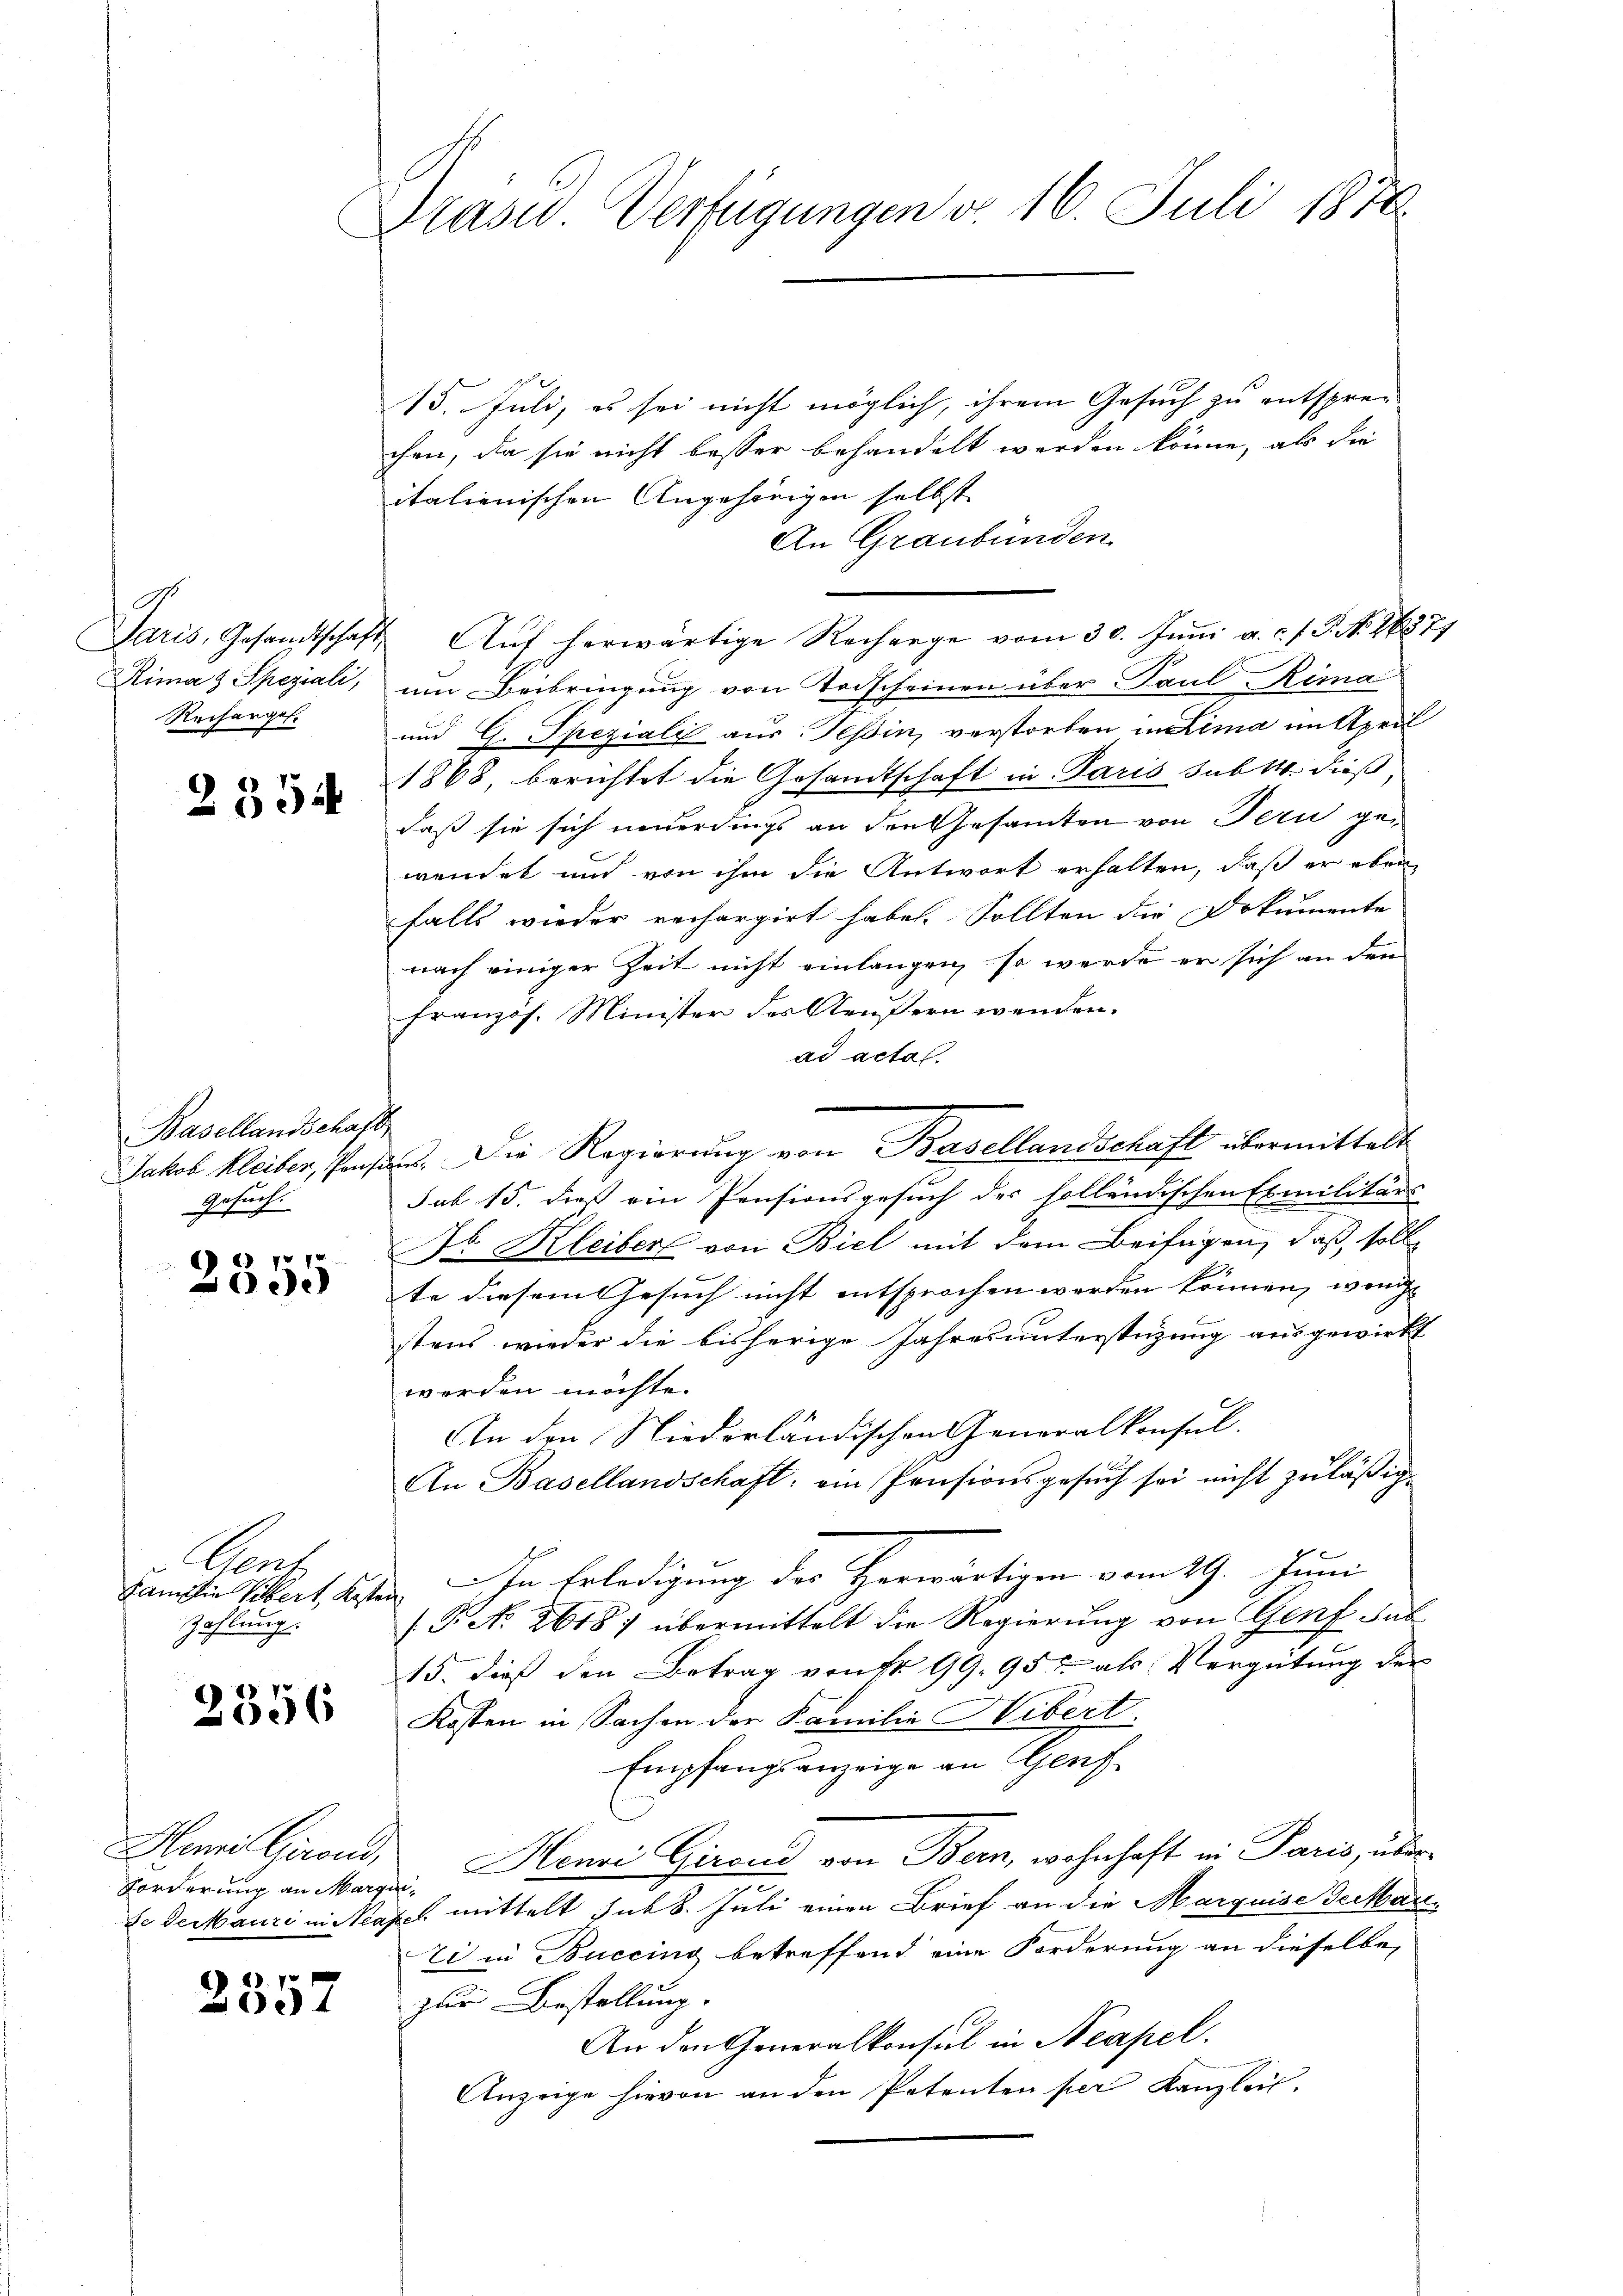
A.
Rima & Speziali,
Recharges.

2354

Basellandschaf
Gesuch.

2355

Sont
Zahlung.

2356

Forderung an Marqui¬

2357

Präsid. Verfügungen d. 16. Juli 1874.

15. Juli, es sei nicht möglich, ihrem Gesuch zu entspre-
chen, da sie nicht besser behandelt werden könne, als die
italienischen Angehörigen selbst
An Graubünden.
Paris, Gesandtschaft. Aŭf herwärtige Recharge vom 30. Juni a. c. f. J. No. 21871
um Beibringung von Todscheinen über Paul Rima
und G. Speziali aus Tessin, verstorben in Lima in April
1868, berichtet die Gesandtschaft in Paris sub 14. dieß
daß sie sich neuerdings an den Gesamten von Fern ge-
wendet und von ihm die Antwort erhalten, daß er eben
falls wieder rechargirt habe. Sollten die Dokumente
nach einiger Zeit nicht einlangen, so werde er sich an den
Französ. Minister der Aeußern wenden.
ad acta
c
Jakob Kleiber, Pans. Die Regierung von Basellandschaft übermittelt
sub 15. dieß ein Pensionsgesuch der solländischen Exmilitärs
H Kleiber von Biel mit dem Beifügen, daß soll
te diesem Gesuch nicht entsprochen werden können, wenige
stens wieder die bisherige Jahres unterstüzung ausgewirkt
werden möchte.
An den Niederländischen Generalkonsul
An Basellandschaft: ein Pensionsgesuch sei nicht zuläßig
Familie Bibert, Kosten.  In Erledigung des Herwärtigen vom 29. Juni
/G. No. 2618) übermittelt die Regierung von Genf ab
15. dieß den Betrag von Fr. 99, 95, als Vergütung der
Kosten in Sachen der Familie Hibert.
Empfangsanzeige an Genf
Huni Girend, Henri Girend von Bern, wohnhaft in Paris, über¬
Se de Mauri in Sapel mittelt sub 6. Juli einen Brief an die Marquise Gerhau¬
Eis in Buccing betreffend eine Forderung an dieselbe
zur Bestellung.
An den Generalkonsul in Neapel.
Anzeige hievon an den Petenten per Kanzlei.